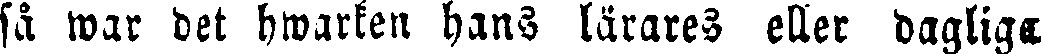
så war det hwarken hans lärares eller dagliga